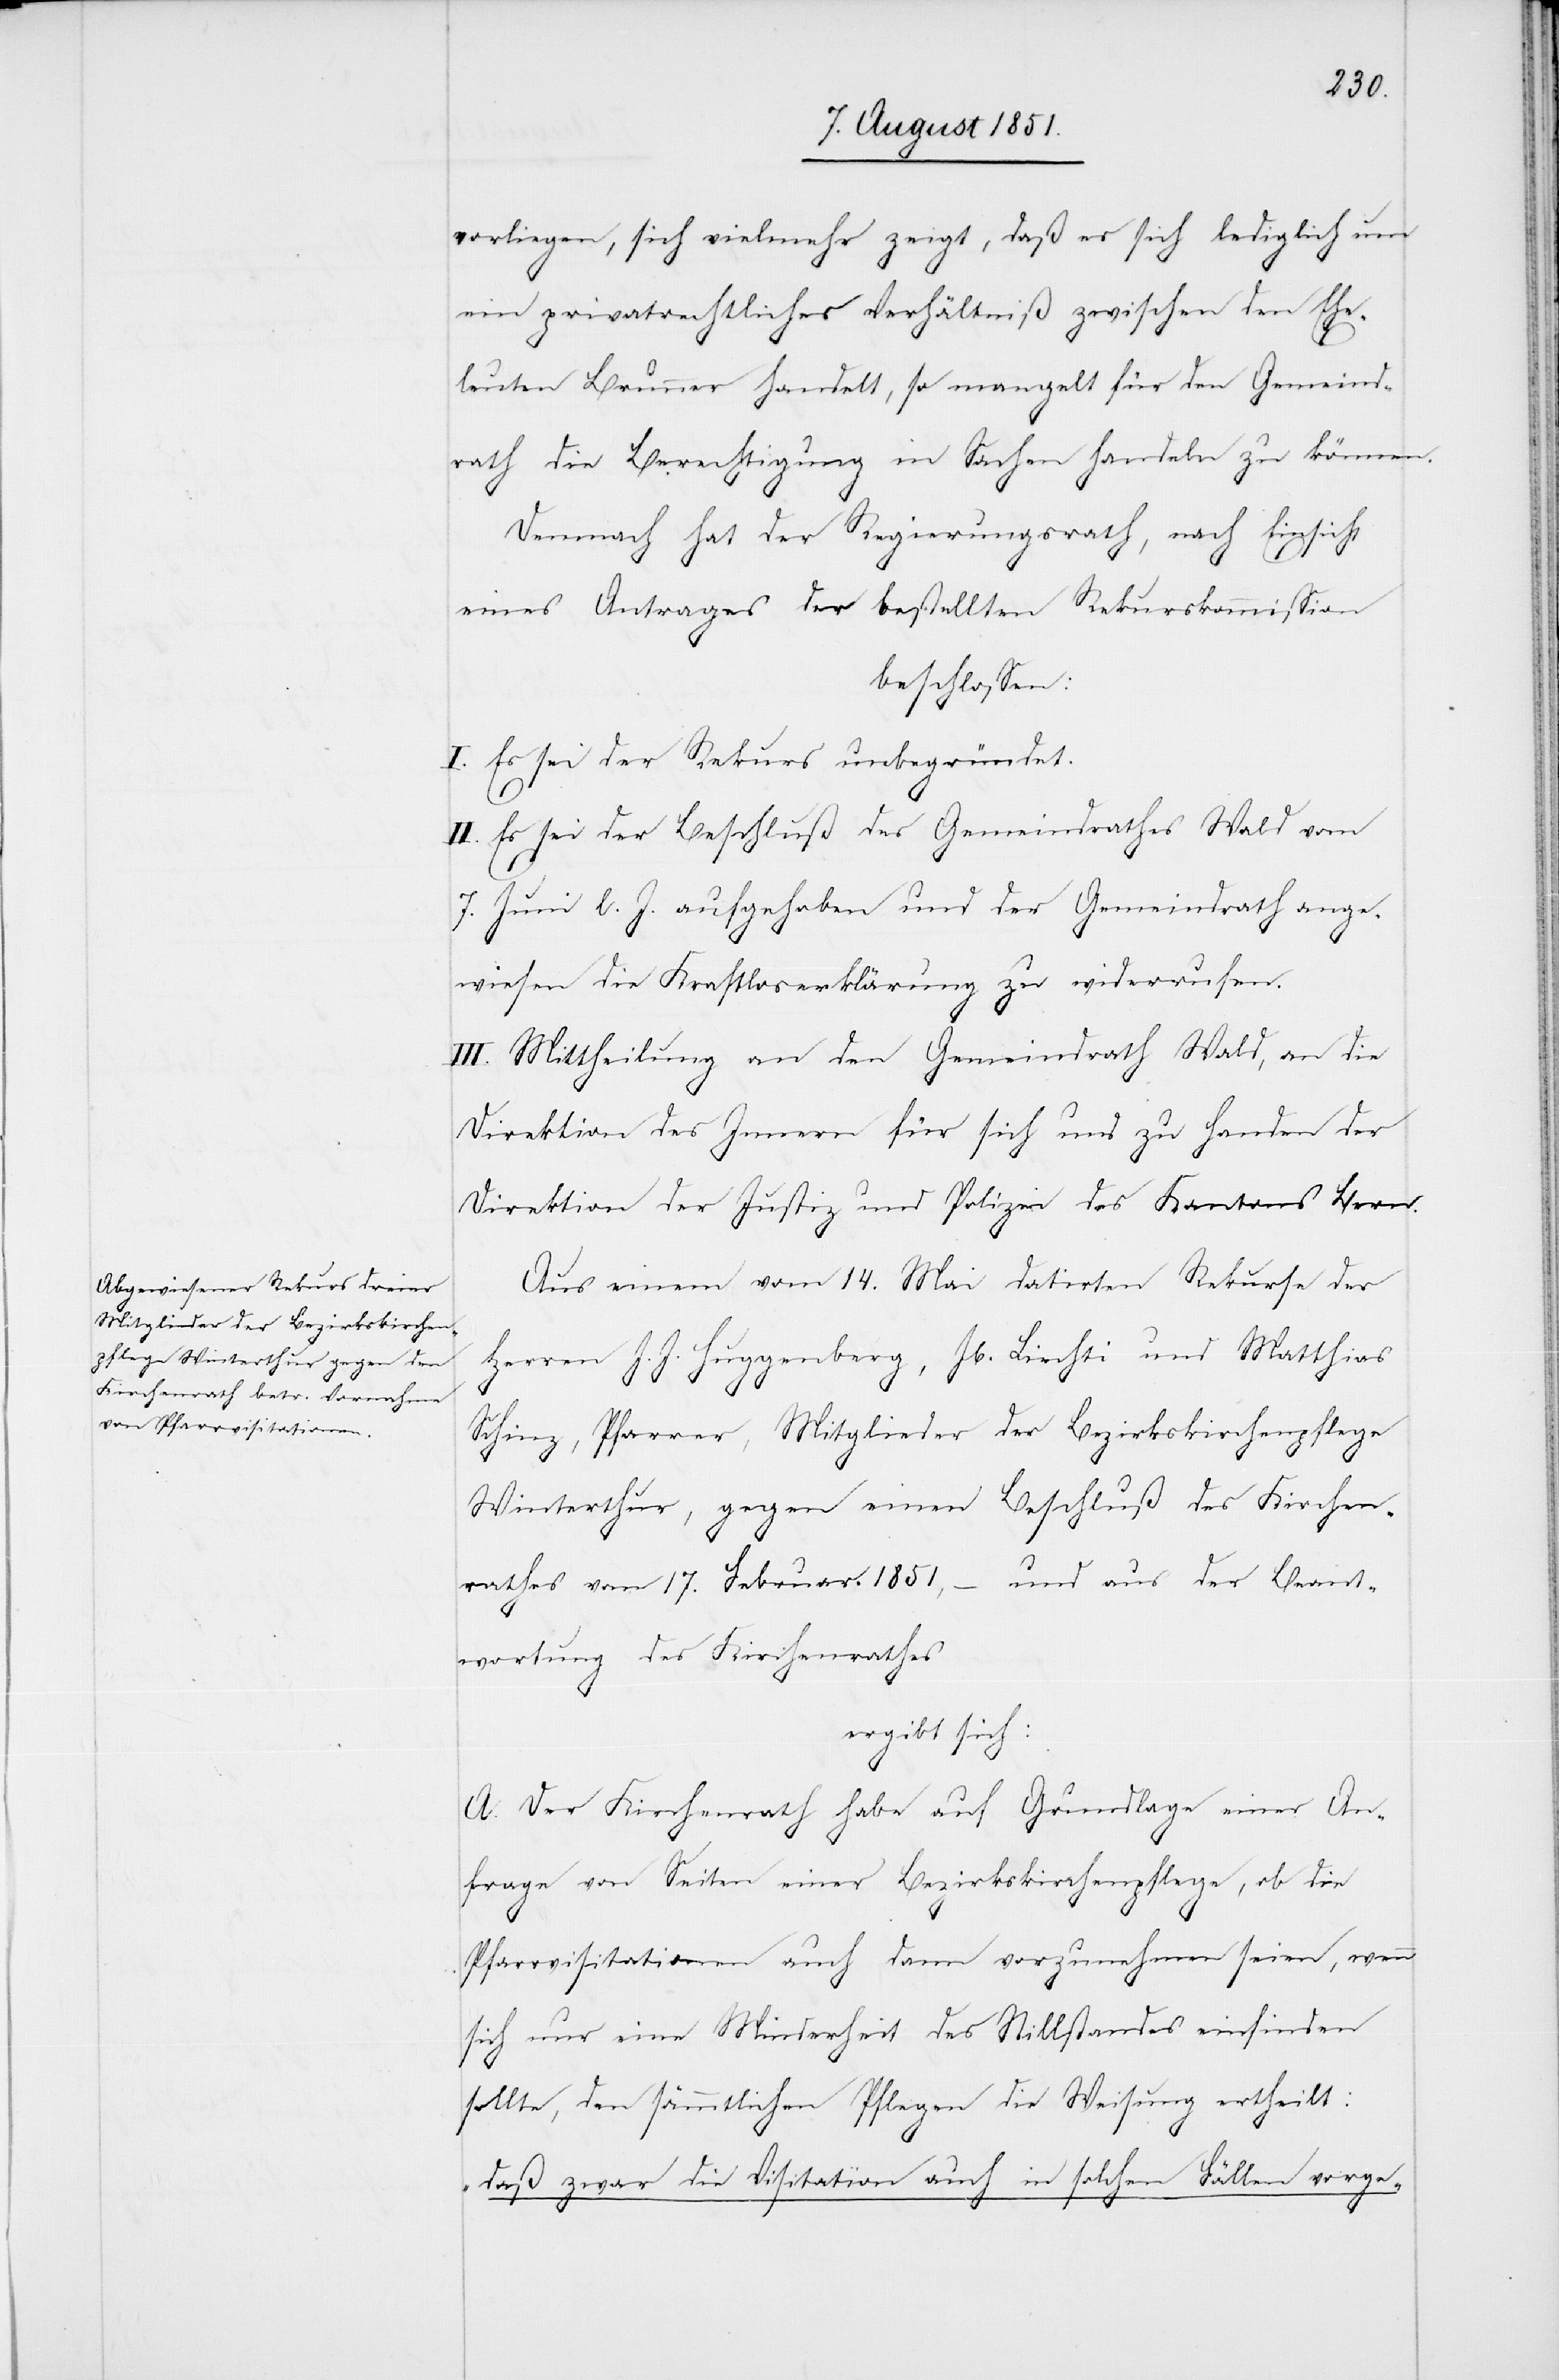
vorliegen, sich vielmehr zeigt, daß es sich lediglich um
ein privatrechtliches Verhältniß zwischen den Ehe¬
leuten Brunner handelt, so mangelt für den Gemeind¬
rath die Berechtigung in Sachen handeln zu können.
Demnach hat der Regierungsrath, nach Einsicht
eines Antrages der bestellten Rekurskommission
beschlossen:
I. Es sei der Rekurs unbegründet.
II. Es sei der Beschluß des Gemeindrathes Wald vom
7. Juni l. J. aufgehoben und der Gemeindrath ange¬
wiesen die Kraftloserklärung zu widerrufen.
III. Mittheilung an den Gemeindrath Wald, an die
Direktion des Innern für sich und zu Handen der
Direktion der Justiz und Polizei des Kantons Bern.
Aus einem vom 14. Mai datirten Rekurse der
Herren J. J. Huggenberg, Jb. Liechti und Matthias
Schinz, Pfarrer, Mitglieder der Bezirkskirchenpflege
Winterthur, gegen einen Beschluß des Kirchen¬
rathes vom 17. Februar 1850, – und aus der Beant¬
wortung des Kirchenrathes
ergibt sich:
A. Der Kirchenrath habe auf Grundlage einer An¬
frage von Seiten einer Bezirkskirchenpflege, ob die
Pfarrvisitationen auch dann vorzunehmen seien, wenn
sich nur eine Minderheit des Stillstandes einfinden
sollte, den sämmtlichen Pflegen die Weisung ertheilt:
„daß zwar die Visitation auch in solchen Fällen vorge-